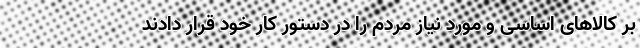
بر کالا‌های اساسی و مورد نیاز مردم را در دستور کار خود قرار دادند